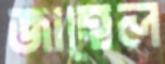
জাহেল